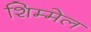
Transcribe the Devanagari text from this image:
शिम्मेल